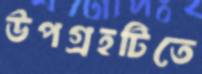
উপগ্রহটিতে